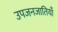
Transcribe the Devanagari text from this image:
उपजनजातियाँ